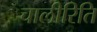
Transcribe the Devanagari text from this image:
चालीरिति